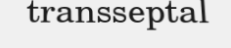
transseptal